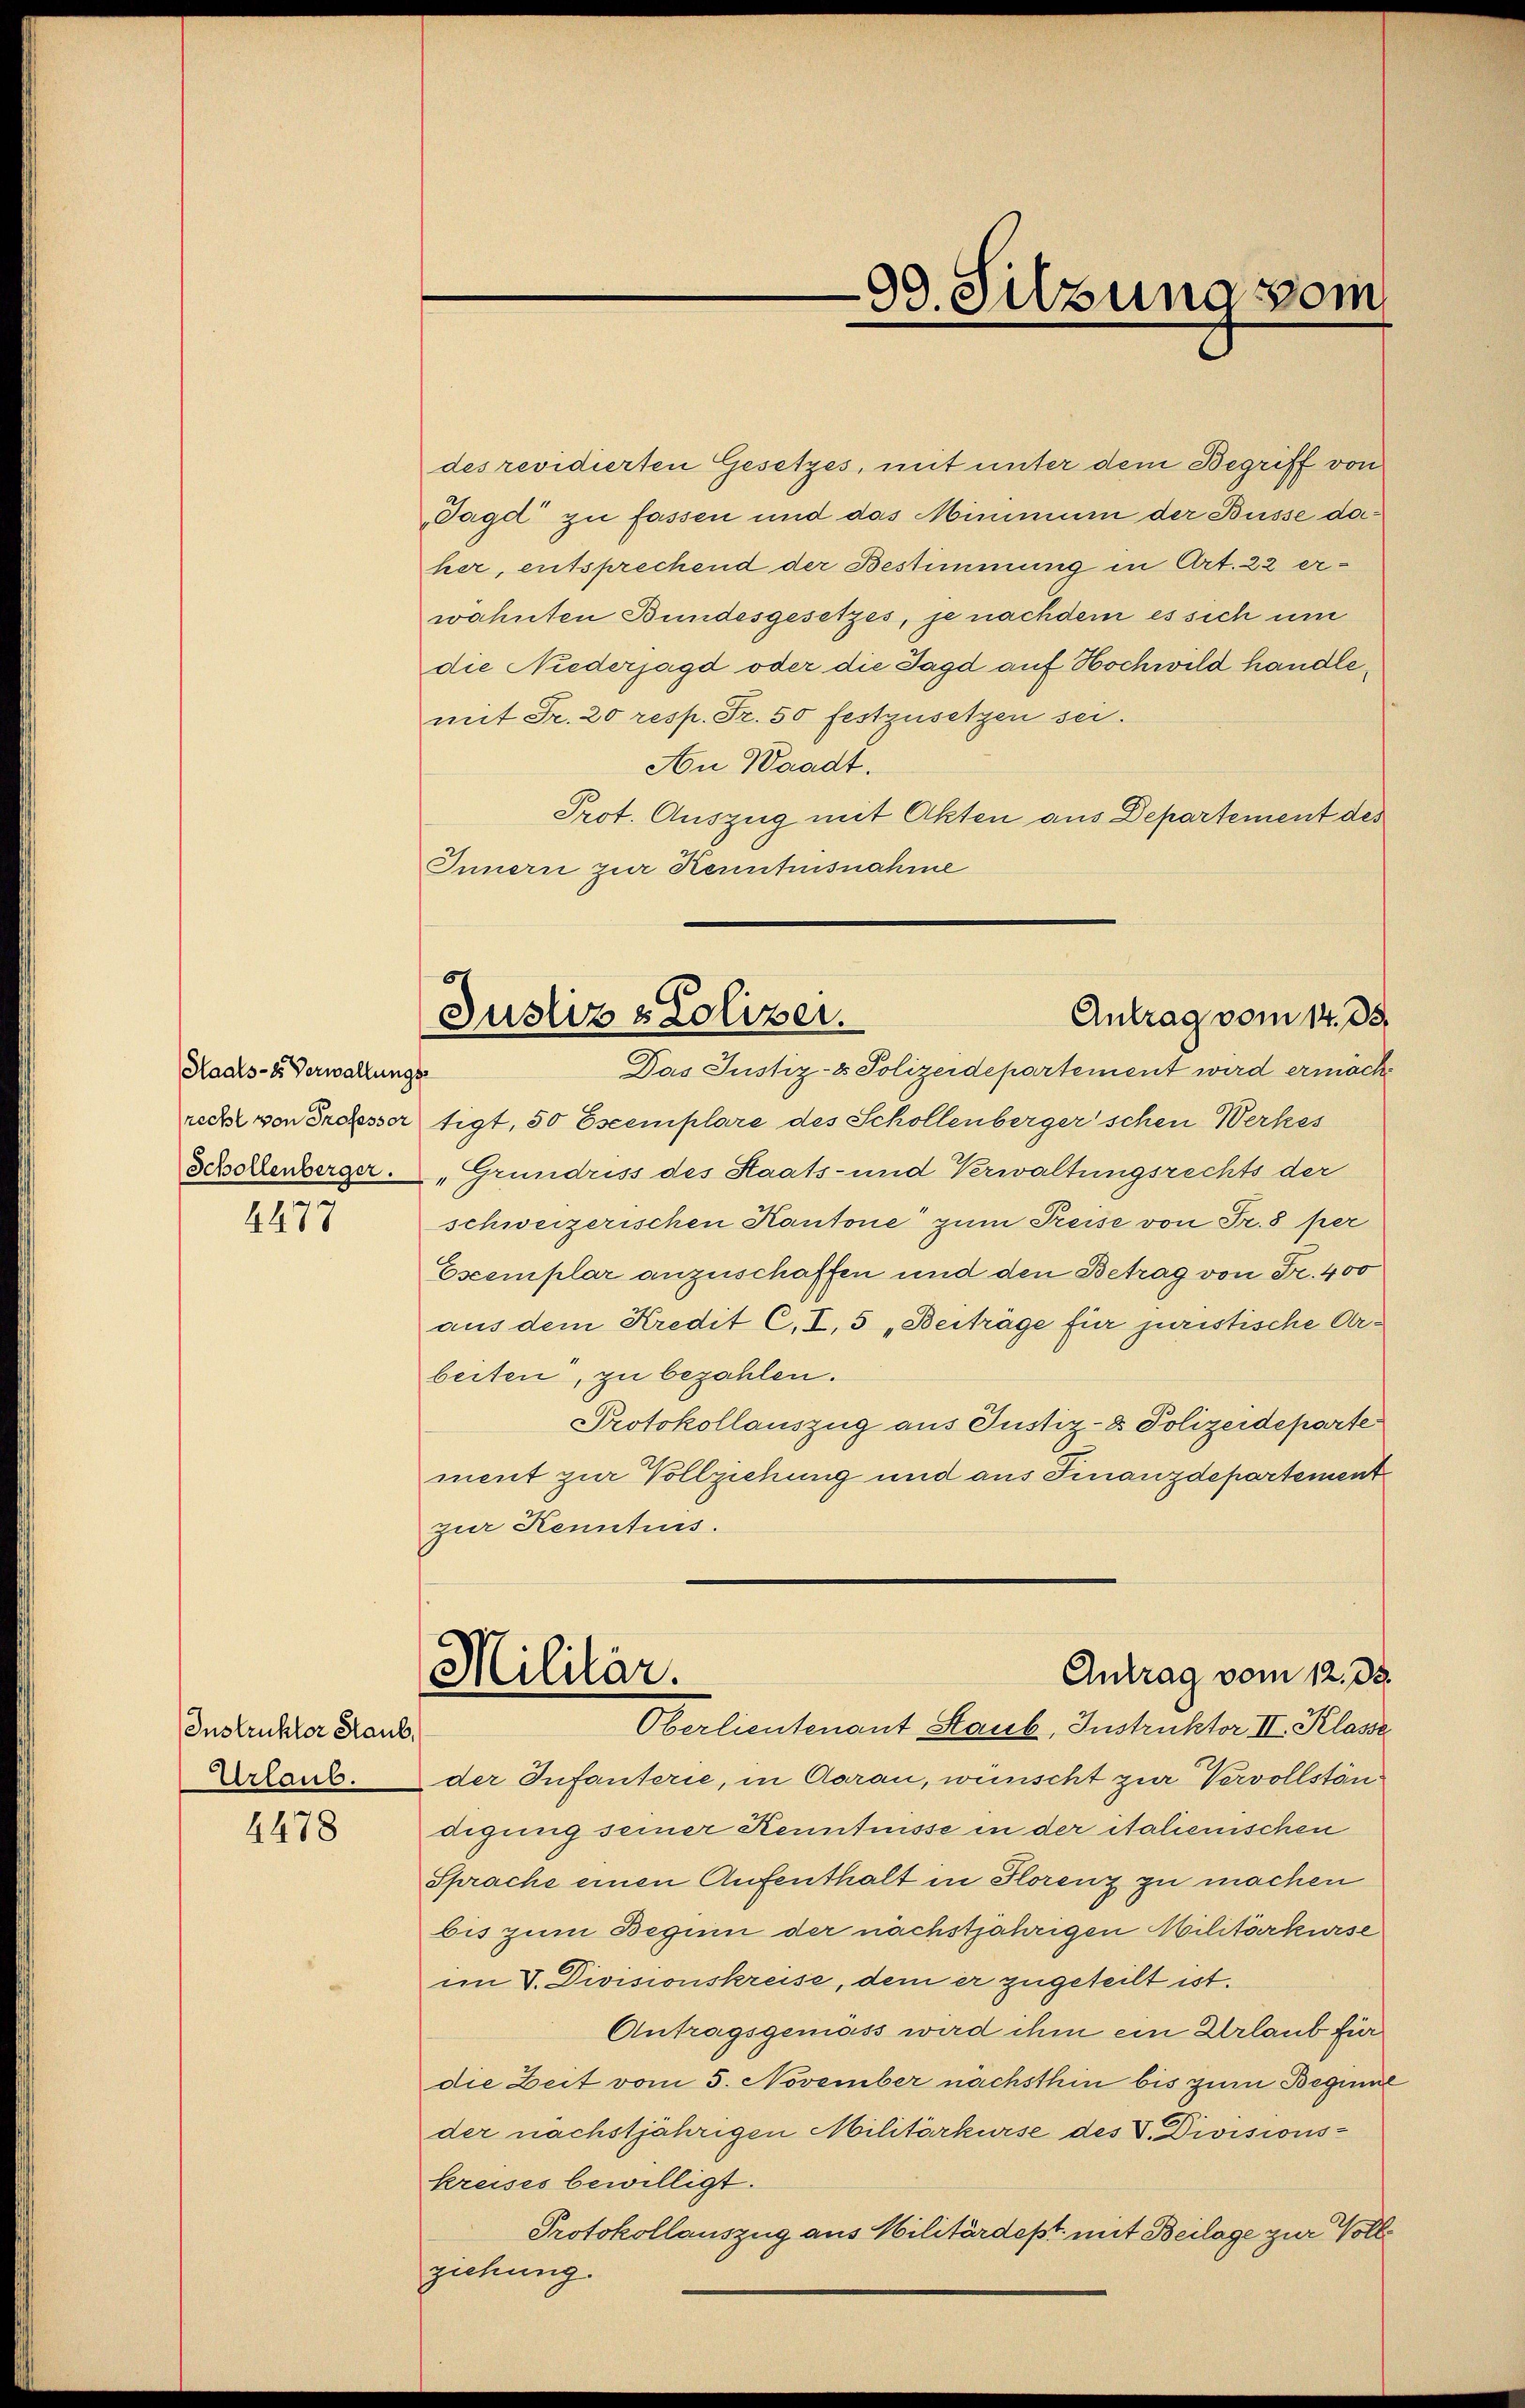
Haals - es Verwaltungs-
recht von Professor
Schollenberger.

4477

Instruktor Staub,
Urlaub.

4478

des revidierten Gesetzes, mit unter dem Begriff von
Jagd zu fassen und das Mimmuni der Büsse daher, entsprechend der Bestimmung in Art. 22 erwahnten Bundesgesetzes, je nachdem es sich um
die Niederjagd oder die Jagd auf Hochwild handlemit Fr. 20 resp. Fr. 50 festzusetzen sei.
An Waadt.
Prot. Auszug mit Akten aus Departement des
Innern zur Kenntnisnahme

tigt, 50 Escemplare des Schollenberger schen Werkes
"Grundriss des Staats- und Verwaltungsrechts der
schweizerischen Kantone zum Preise von Fr. 8 per
Escemplar anzuschaffen und den Betrag von Fr. 400
aus dem Kredit C.I, 5 „Beiträge für juristische Arbeiten, zu bezahlen.
Protokollauszug aus Justiz- & Polizeideparte
ment zur Vollziehung und aus Finanzdepartement
zur Kennts.
Antrag vom 12. ds.
Militär.
Oberlieutenant Staub, Instruktor II. Klasse
der Infanterie, in Aarau, wünscht zur Vervollständigung seiner Kenntnisse in der italienischen
Sprache einen Aufenthalt in Florenz zu machen
bis zum Beguin der nächstjährigen Militärkurse
im V. Divisionskreise, dem er zugeteilt ist.
Antragsgemäss wird ihm ein Urlaub für
die Zeit vom 5. November nachsthin bis zum Beginne
der nächstjährigen Militärkurse des V. Divisions-
kreises bewilligt.
Protokollauszug aus Militärdept mit Beilage zur Vollziehung.

99. Silzung vom

Antrag vom 14. ds.
Justiz & Polizei.
Das Justiz- & Polizeidepartement wird ermacht